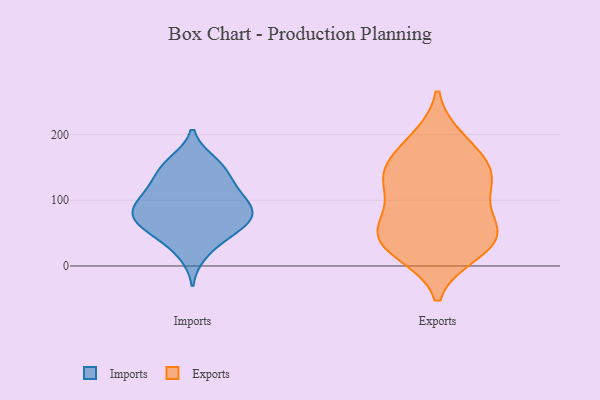
{"axis": {"x": "Operating Costs (USD K)", "y": "Value"}, "legend": ["Exports", "Imports"], "data": [{"x": "", "y": 60, "type": "Imports"}, {"x": "", "y": 159, "type": "Imports"}, {"x": "", "y": 56, "type": "Imports"}, {"x": "", "y": 155, "type": "Imports"}, {"x": "", "y": 73, "type": "Imports"}, {"x": "", "y": 77, "type": "Imports"}, {"x": "", "y": 38, "type": "Imports"}, {"x": "", "y": 102, "type": "Imports"}, {"x": "", "y": 149, "type": "Imports"}, {"x": "", "y": 96, "type": "Imports"}, {"x": "", "y": 60, "type": "Imports"}, {"x": "", "y": 115, "type": "Imports"}, {"x": "", "y": 123, "type": "Imports"}, {"x": "", "y": 89, "type": "Imports"}, {"x": "", "y": 74, "type": "Imports"}, {"x": "", "y": 91, "type": "Imports"}, {"x": "", "y": 133, "type": "Imports"}, {"x": "", "y": 18, "type": "Imports"}, {"x": "", "y": 41, "type": "Exports"}, {"x": "", "y": 59, "type": "Exports"}, {"x": "", "y": 141, "type": "Exports"}, {"x": "", "y": 185, "type": "Exports"}, {"x": "", "y": 63, "type": "Exports"}, {"x": "", "y": 147, "type": "Exports"}, {"x": "", "y": 147, "type": "Exports"}, {"x": "", "y": 95, "type": "Exports"}, {"x": "", "y": 122, "type": "Exports"}, {"x": "", "y": 131, "type": "Exports"}, {"x": "", "y": 193, "type": "Exports"}, {"x": "", "y": 20, "type": "Exports"}, {"x": "", "y": 41, "type": "Exports"}, {"x": "", "y": 50, "type": "Exports"}, {"x": "", "y": 22, "type": "Exports"}]}